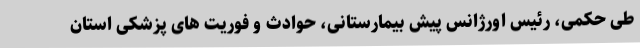
طی حکمی، رئیس اورژانس پیش بیمارستانی، حوادث و فوریت های پزشکی استان